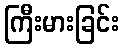
ကြီးမားခြင်း